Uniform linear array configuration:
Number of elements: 16
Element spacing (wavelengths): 0.25
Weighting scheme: hamming
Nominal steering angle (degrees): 30
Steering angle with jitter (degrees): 31.942
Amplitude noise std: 0.05
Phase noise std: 0.05

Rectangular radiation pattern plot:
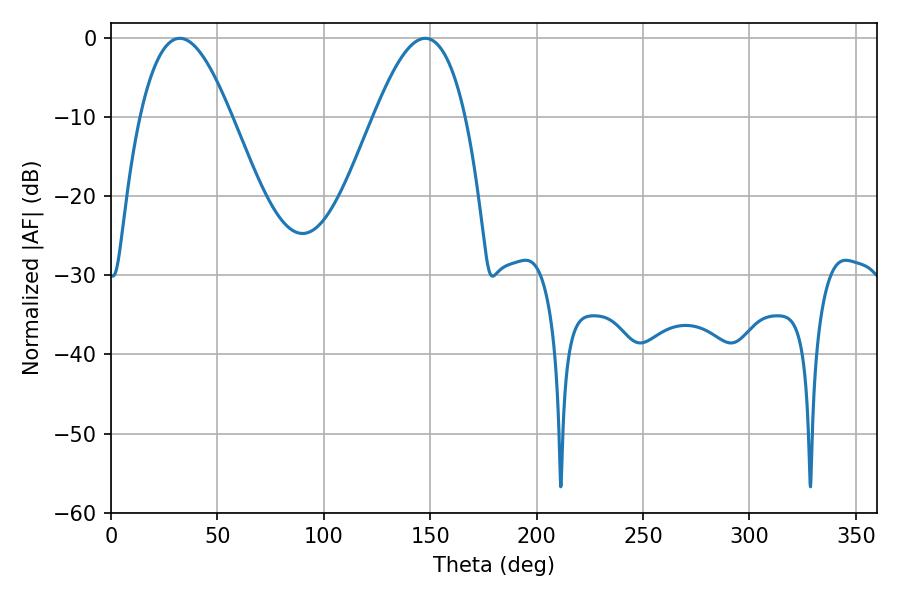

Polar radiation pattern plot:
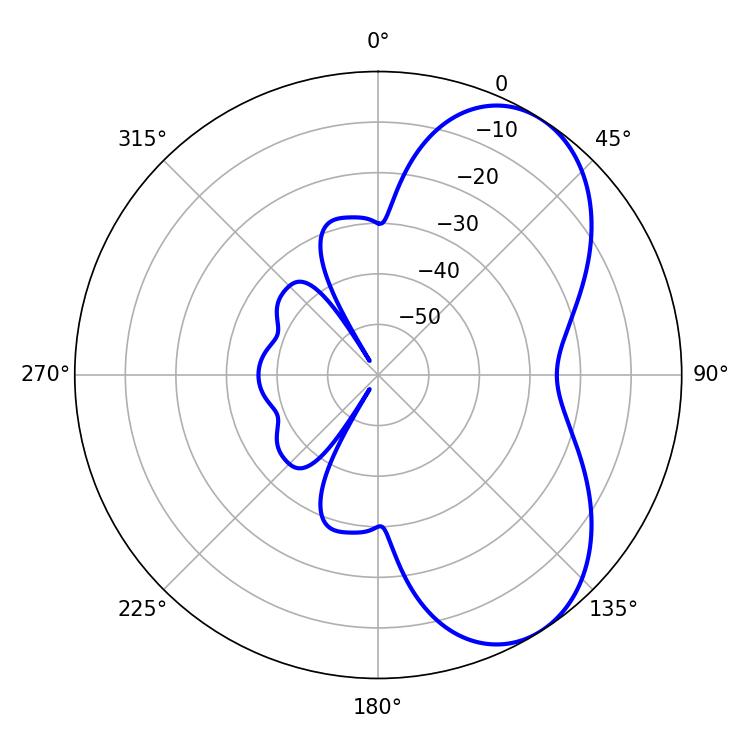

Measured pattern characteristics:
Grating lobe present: FALSE
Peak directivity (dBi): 6.087
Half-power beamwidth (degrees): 23.4
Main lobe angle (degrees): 32.4